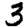
Digit: 3